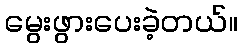
မွေးဖွားပေးခဲ့တယ်။